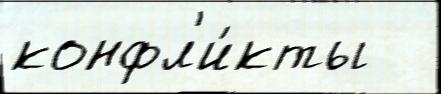
конфл'и́кты